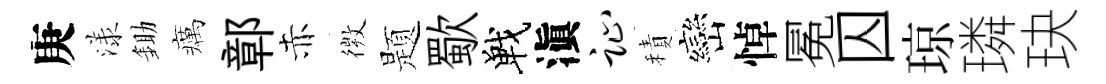
庚漾鋤癘鄣赤𢕄题歜戰滇趾積巒悼冕囚琼璘玦